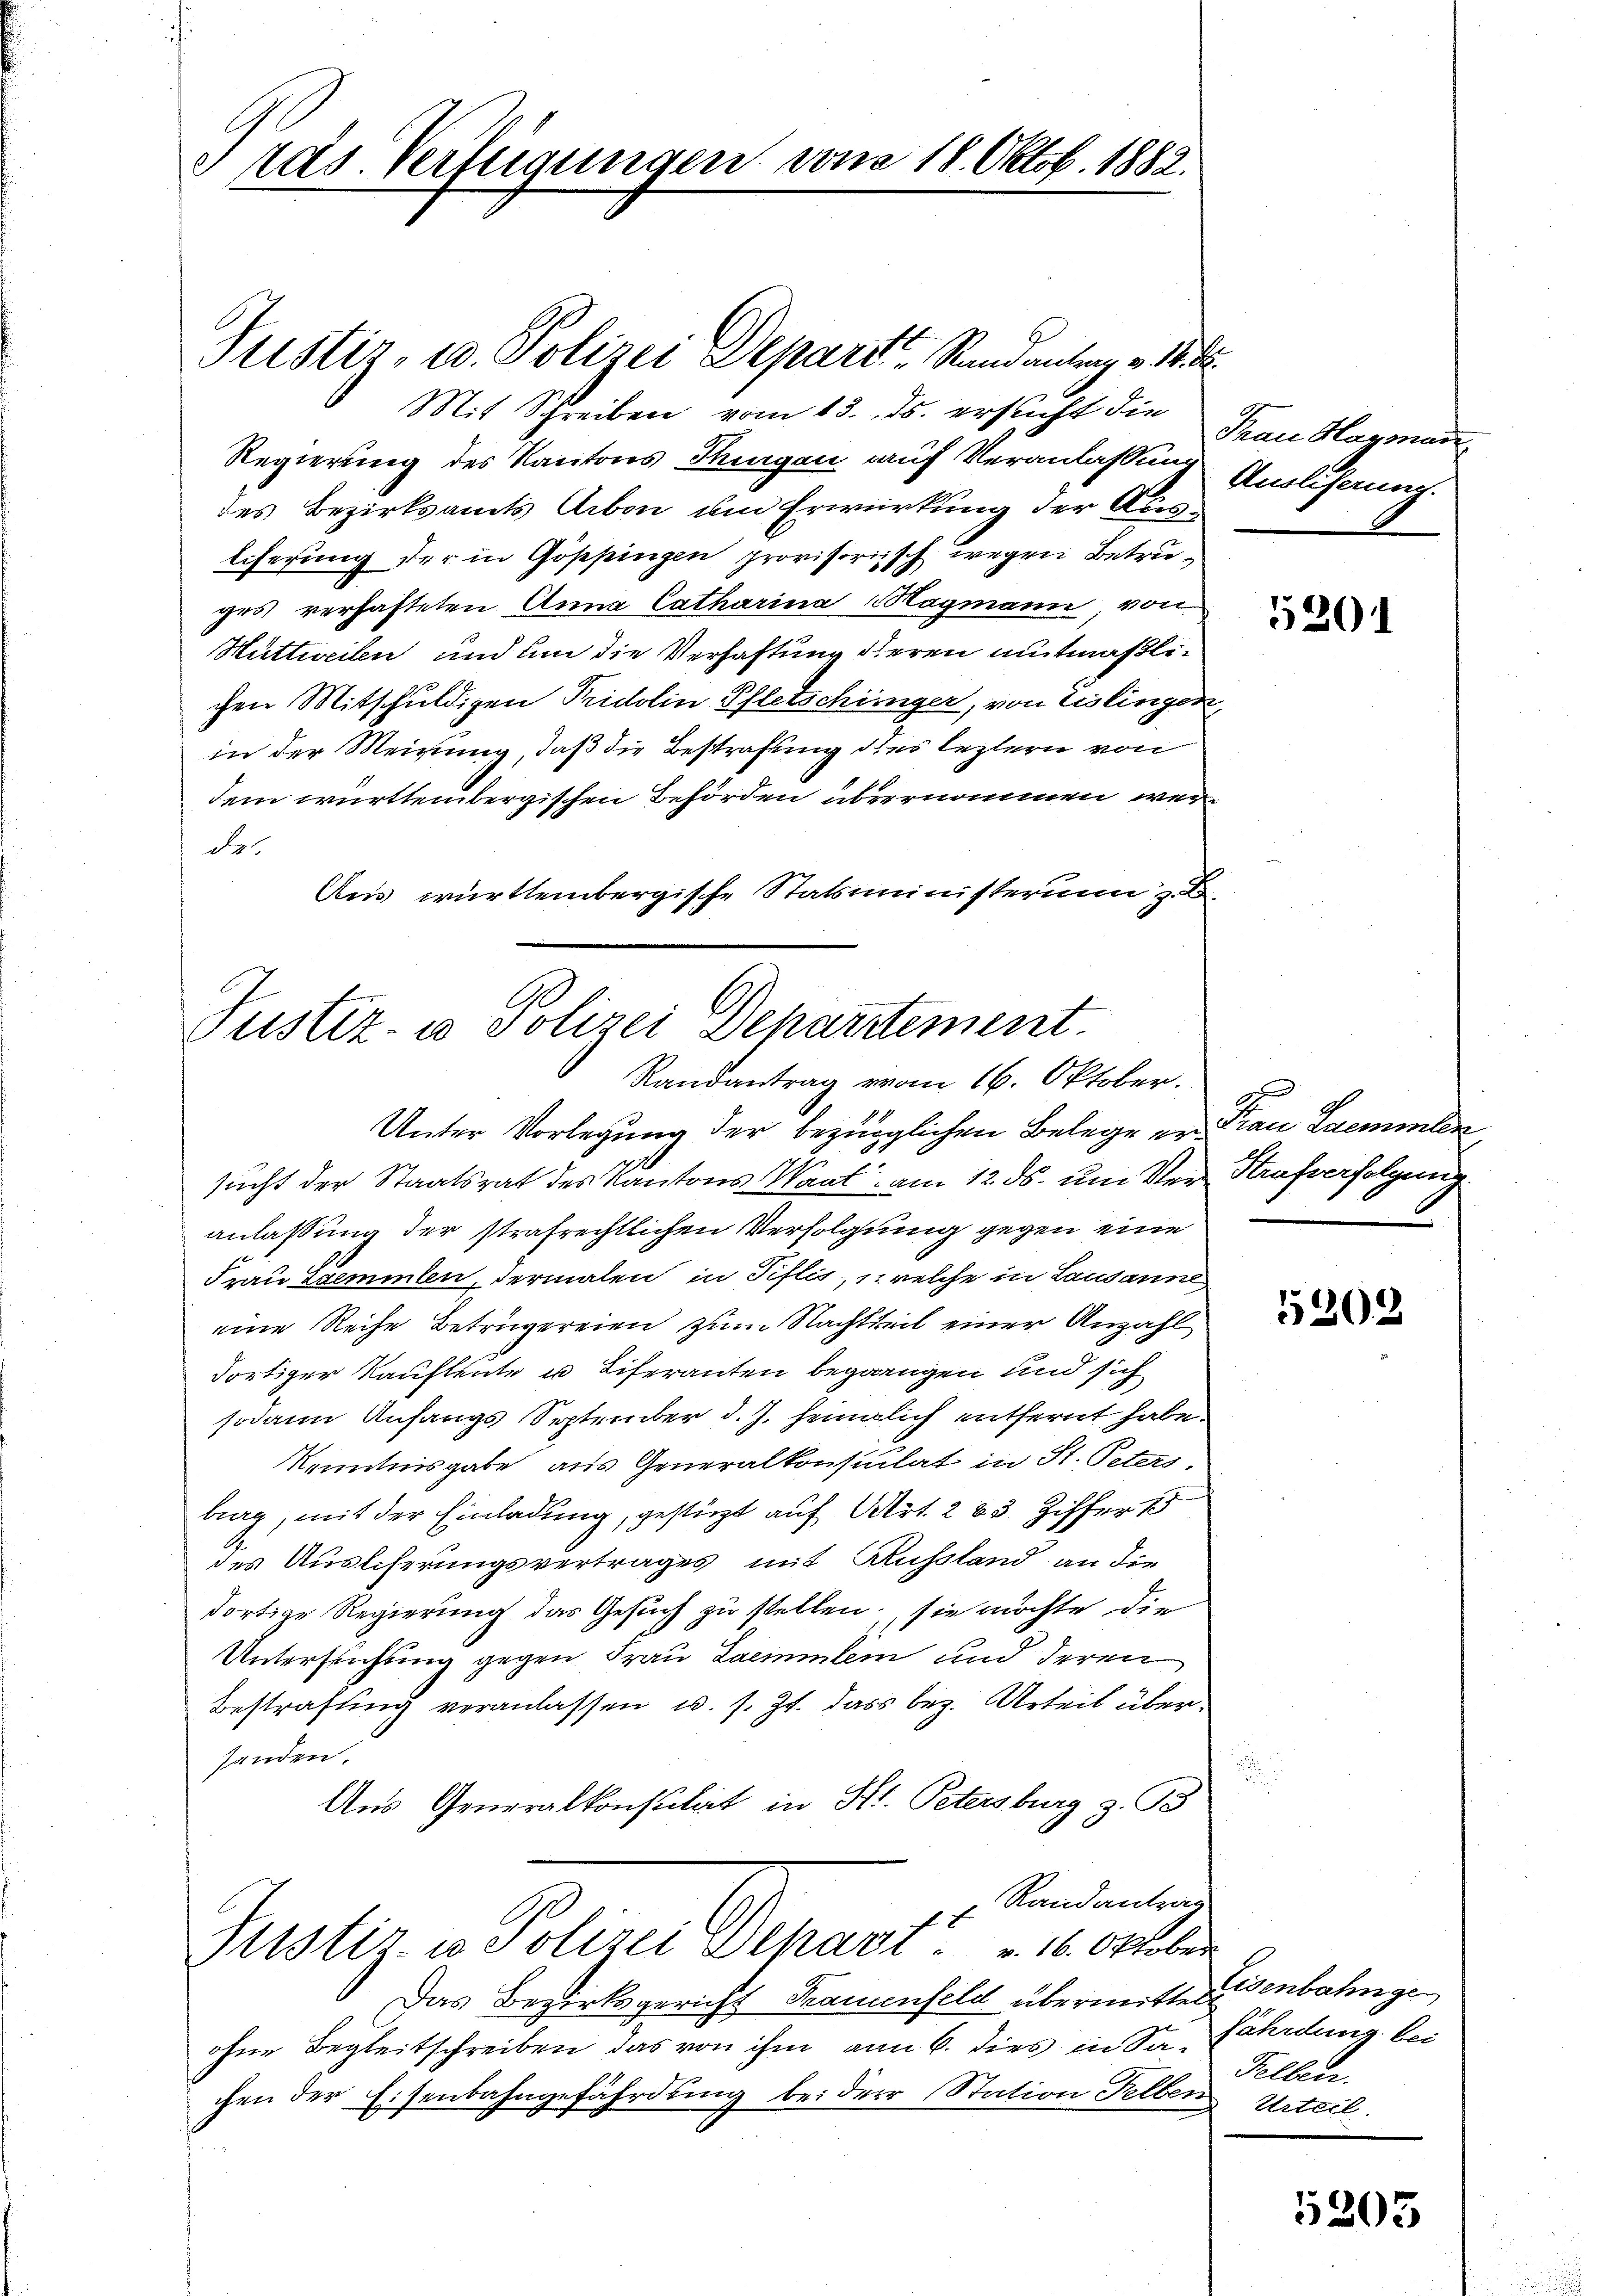
ih
Präs. Verfügungen vom 18. Oktob. 1882.

Justiz, u. Polizei Depart Randantrag v. M.
Mit Schreiben vom 13. ds. ersucht die
Regierung des Kantons Thurgau auf Veranlassung
des Bezirksamts Arbon um Erwirkung der Auslicherung der in Göppingen provisorisch wegen Betruges verhafteten Anna Catharina Hagmann von
Huttweilen und um die Verhaftung deren mitmaßlichen Mitschuldigen Pridolin Pfletschinger, von Eislingen,
in der Meinung, daß die Bestrafung des leztern von
dem württembergischen Behörden übernommen werdes
Aus württembergische Statsministerium z. B.

Unter Vorlegung der bezüglichen Belege er Frau Saemmlen
sucht der Staatsrat des Kantons Waat am 12. ds. um Ver-Strafverfolgung
anlassung der strafrechtlichen Verfolgung gegen eine
Frau Zaemmlen dermalen in Piflis, 1. welche in Lausanne,
eine Reihe Betrügereien zum Nachtheil einer Anzahl
dortiger Kaufleute u Liferanten begangen und sich
sodann Anfangs September d. J. heimlich entfernt habe.
Kenntnisgabe aus Generalkonsulat in St. Peters.
brag, mit der Einladung, gestüzt auf Art. 263 Ziffer
des Auslieferungsvertrages mit Ausland an die
dortige Regierung das Gesuch zu stellen; sie möchte die
Untersuchung gegen Frau Laemmlen und deren
Bestrafung veranlassen u. s. Zt. dass bez. Urteil übersenden.
Aus Generalkonsulat in Kt. Petersburg z. G
x Randantrag
Justiz in Polizei Depari u. 16. Oktober
Das Bezirksgericht Frauenfeld übermitterstenbahngeohne Begleitschreiben das von ihm am 6. dies in Saährdung bei
chen der Eisenbahngefährdung bei der Station Selben Urteil

Justiz- u Polizei Departement.
Randantrag vom 16. Oktober.

Than Hagman
Auslicherung.

5201

5202

Fellen.

5305